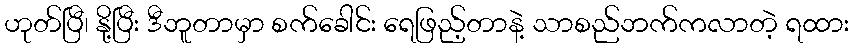
ဟုတ်ပြီ၊ နို့ပြီး ဒီဘူတာမှာ စက်ခေါင်း ရေဖြည့်တာနဲ့ သာစည်ဘက်ကလာတဲ့ ရထား